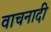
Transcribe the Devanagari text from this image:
वाचनादी